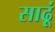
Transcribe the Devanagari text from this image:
साढूं